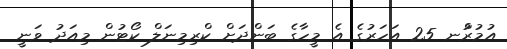
އުމުރުްނ 25 އަހަރުގެ އެ މީހާގެ ބަންދަށް ކްރިމިނަލް ކޯޓުން މިއަދު ވަނީ